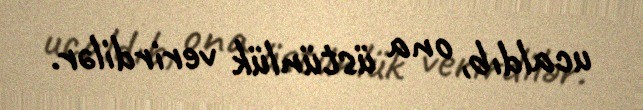
ucaldıb, ona üstünlük verirdilər.